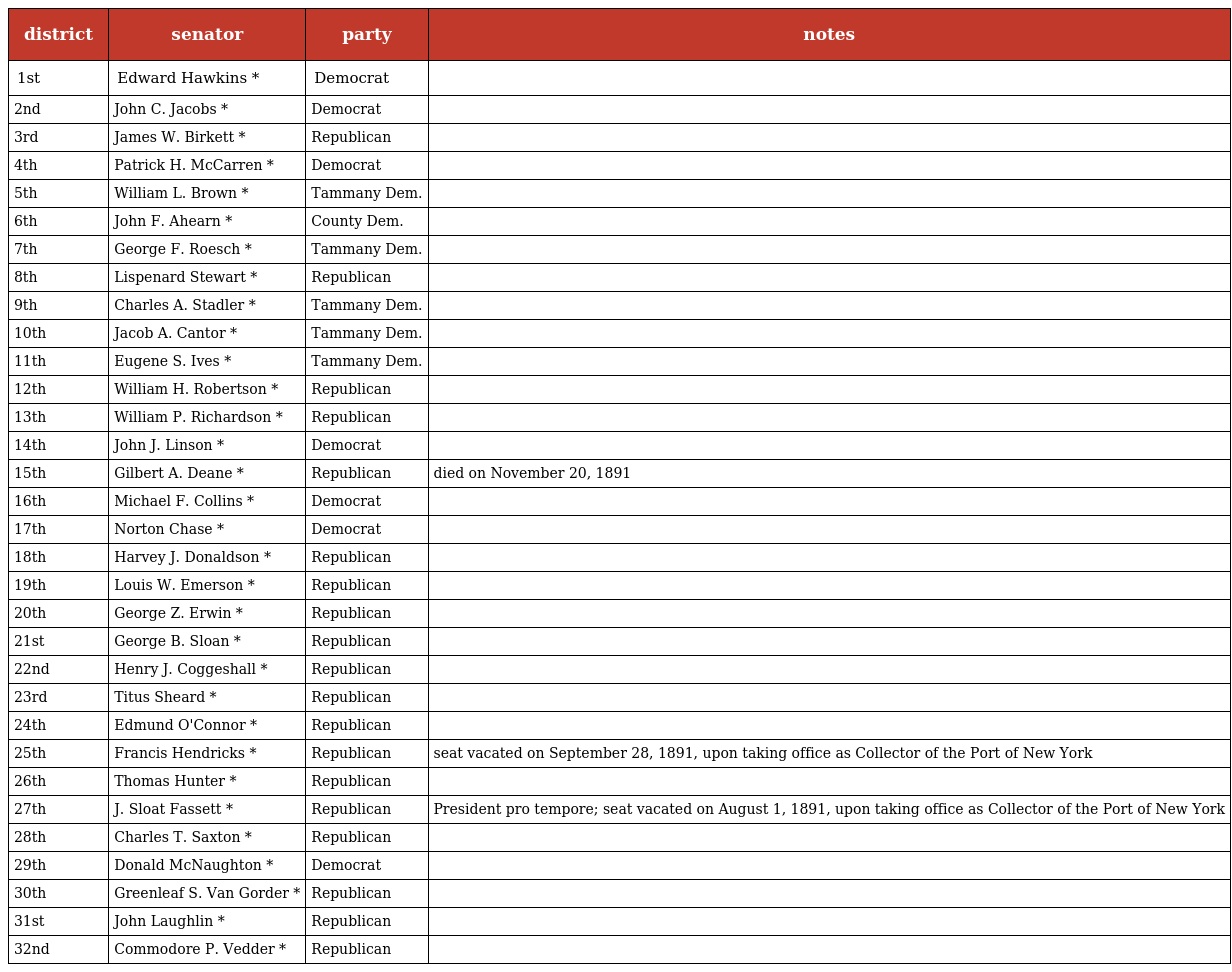
| district | senator | party | notes |
 | --- | --- | --- | --- |
 | 1st | Edward Hawkins * | Democrat |  |
 | 2nd | John C. Jacobs * | Democrat |  |
 | 3rd | James W. Birkett * | Republican |  |
 | 4th | Patrick H. McCarren * | Democrat |  |
 | 5th | William L. Brown * | Tammany Dem. |  |
 | 6th | John F. Ahearn * | County Dem. |  |
 | 7th | George F. Roesch * | Tammany Dem. |  |
 | 8th | Lispenard Stewart * | Republican |  |
 | 9th | Charles A. Stadler * | Tammany Dem. |  |
 | 10th | Jacob A. Cantor * | Tammany Dem. |  |
 | 11th | Eugene S. Ives * | Tammany Dem. |  |
 | 12th | William H. Robertson * | Republican |  |
 | 13th | William P. Richardson * | Republican |  |
 | 14th | John J. Linson * | Democrat |  |
 | 15th | Gilbert A. Deane * | Republican | died on November 20, 1891 |
 | 16th | Michael F. Collins * | Democrat |  |
 | 17th | Norton Chase * | Democrat |  |
 | 18th | Harvey J. Donaldson * | Republican |  |
 | 19th | Louis W. Emerson * | Republican |  |
 | 20th | George Z. Erwin * | Republican |  |
 | 21st | George B. Sloan * | Republican |  |
 | 22nd | Henry J. Coggeshall * | Republican |  |
 | 23rd | Titus Sheard * | Republican |  |
 | 24th | Edmund O'Connor * | Republican |  |
 | 25th | Francis Hendricks * | Republican | seat vacated on September 28, 1891, upon taking office as Collector of the Port of New York |
 | 26th | Thomas Hunter * | Republican |  |
 | 27th | J. Sloat Fassett * | Republican | President pro tempore; seat vacated on August 1, 1891, upon taking office as Collector of the Port of New York |
 | 28th | Charles T. Saxton * | Republican |  |
 | 29th | Donald McNaughton * | Democrat |  |
 | 30th | Greenleaf S. Van Gorder * | Republican |  |
 | 31st | John Laughlin * | Republican |  |
 | 32nd | Commodore P. Vedder * | Republican |  |